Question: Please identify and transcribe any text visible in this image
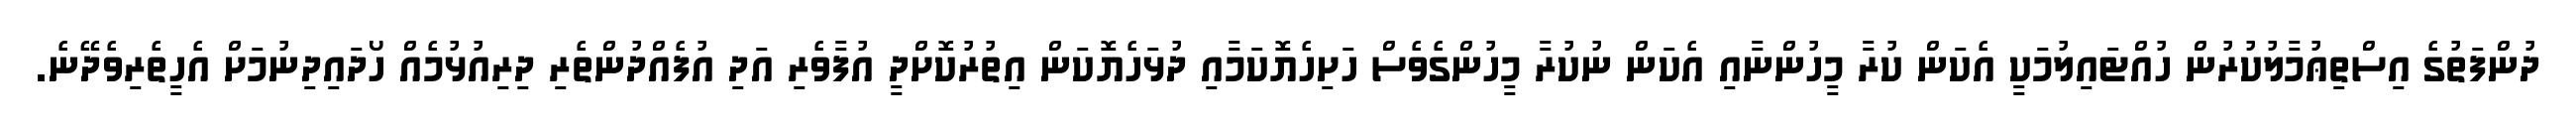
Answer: ދުންފަތުގެ އިސްތިޢުމާލުކުރުން ހުއްޓައިލުމަކީ އެކަން ކުރާ މީހުންނާއި އެކަން ނުކުރާ މީހުންގެވެސް ހަށިހެޔޮކަމާއި ދުޅަހެޔޮކަން އިތުރުކޮށްދީ އުފާވެރި އަދި އުފެއްދުންތެރި ދިރިއުޅުމެއް ހޯދައިދިނުމަށް އެހީތެރިވެދޭނެ.